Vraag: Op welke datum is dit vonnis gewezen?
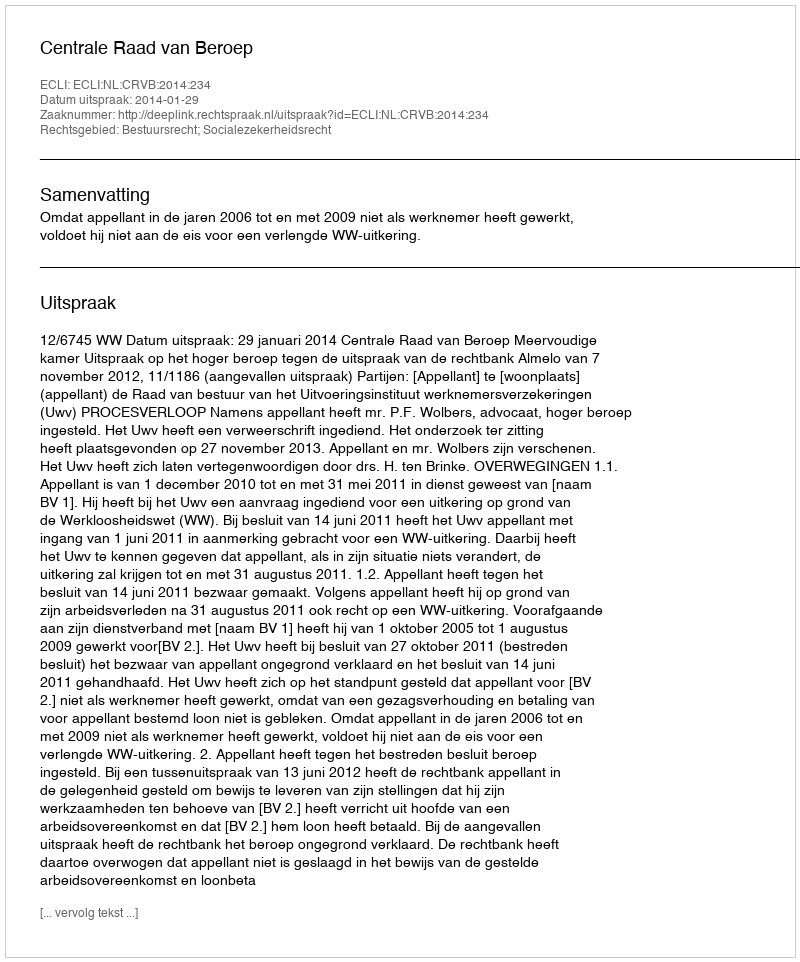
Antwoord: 2014-01-29